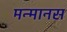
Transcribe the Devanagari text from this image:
मन्मानस